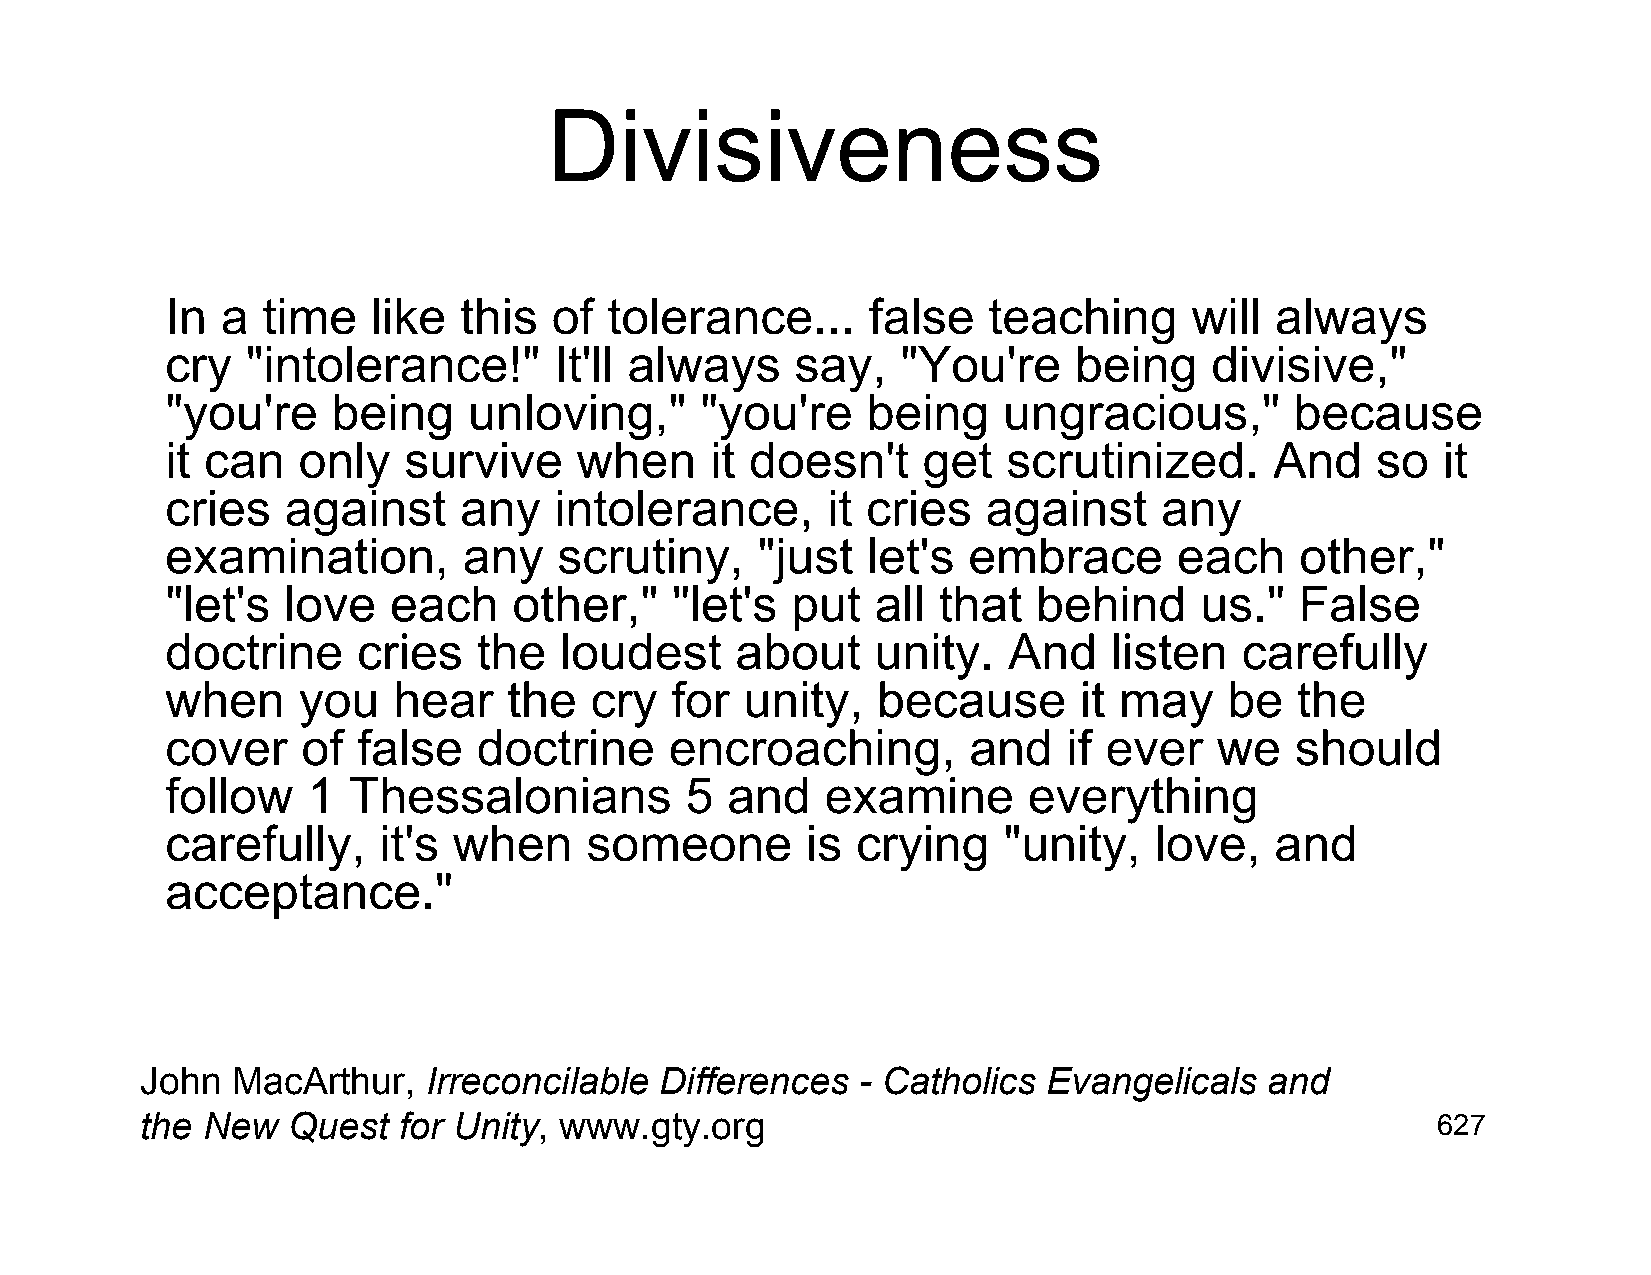
Divisiveness
 In  a time    like this   of tolerance...     false   teaching      will always
 cry  "intolerance!"       It'll always    say,   "You're    being    divisive,"
 "you're    being    unloving,"     "you're    being    ungracious,"        because
 it can   only   survive    when     it doesn't    get   scrutinized.     And    so  it
 cries   against    any    intolerance,      it cries  against     any
 examination,        any   scrutiny,    "just  let's  embrace       each    other,"
 "let's  love   each    other,"   "let's  put   all that   behind    us."   False
 doctrine     cries   the  loudest     about    unity.   And    listen  carefully
 when     you   hear    the  cry  for  unity,   because      it may    be   the
 cover    of  false   doctrine    encroaching,        and    if ever   we   should
 follow   1  Thessalonians         5  and    examine      everything
 carefully,    it's when     someone       is  crying   "unity,   love,   and
 acceptance."
 John  MacArthur,   Irreconcilable  Differences  - Catholics Evangelicals   and
 the New   Quest  for Unity, www.gty.org                                               627